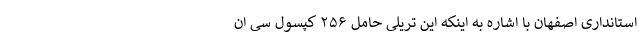
استانداری اصفهان با اشاره به اینکه این تریلی حامل ۲۵۶ کپسول سی ان